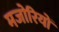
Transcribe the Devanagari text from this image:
मजोरियों